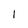
Character: 1